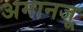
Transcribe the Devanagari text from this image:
अमानजू